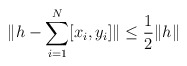
\begin{align*}\|h-\sum_{i=1}^N [x_i,y_i]\|\leq \frac 1 2\|h\|\end{align*}